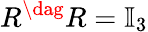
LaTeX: R^{\dag}R=\mathbb{I}_{3}